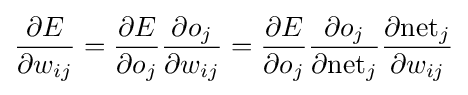
{\frac {\partial E}{\partial w_{ij}}}={\frac {\partial E}{\partial o_{j}}}{\frac {\partial o_{j}}{\partial w_{ij}}}={\frac {\partial E}{\partial o_{j}}}{\frac {\partial o_{j}}{\partial {\text{net}}_{j}}}{\frac {\partial {\text{net}}_{j}}{\partial w_{ij}}}